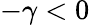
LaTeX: -\gamma<0